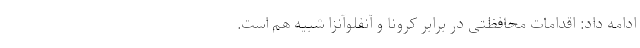
ادامه داد: اقدامات محافظتی در برابر کرونا و آنفلوآنزا شبیه هم است.